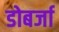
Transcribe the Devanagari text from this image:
डोबर्जा